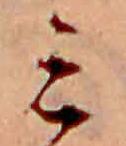
ミ